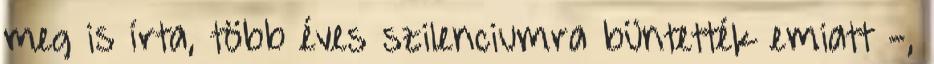
meg is írta, több éves szilenciumra büntették emiatt -,